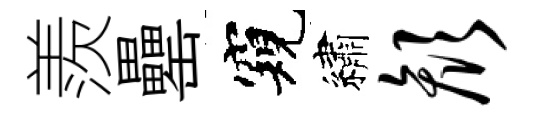
羨罍窺繡颜